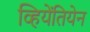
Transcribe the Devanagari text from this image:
व्हियेंतियेन